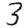
Digit: 3